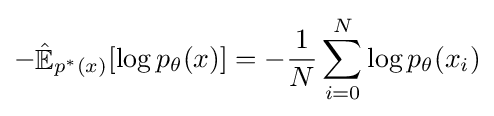
-{\hat {\mathop {\mathbb {E} } }}_{p^{*}(x)}[\log p_{\theta }(x)]=-{\frac {1}{N}}\sum _{i=0}^{N}\log p_{\theta }(x_{i})